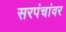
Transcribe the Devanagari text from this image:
सरपंचांवर